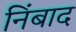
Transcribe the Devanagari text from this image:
निंबाद